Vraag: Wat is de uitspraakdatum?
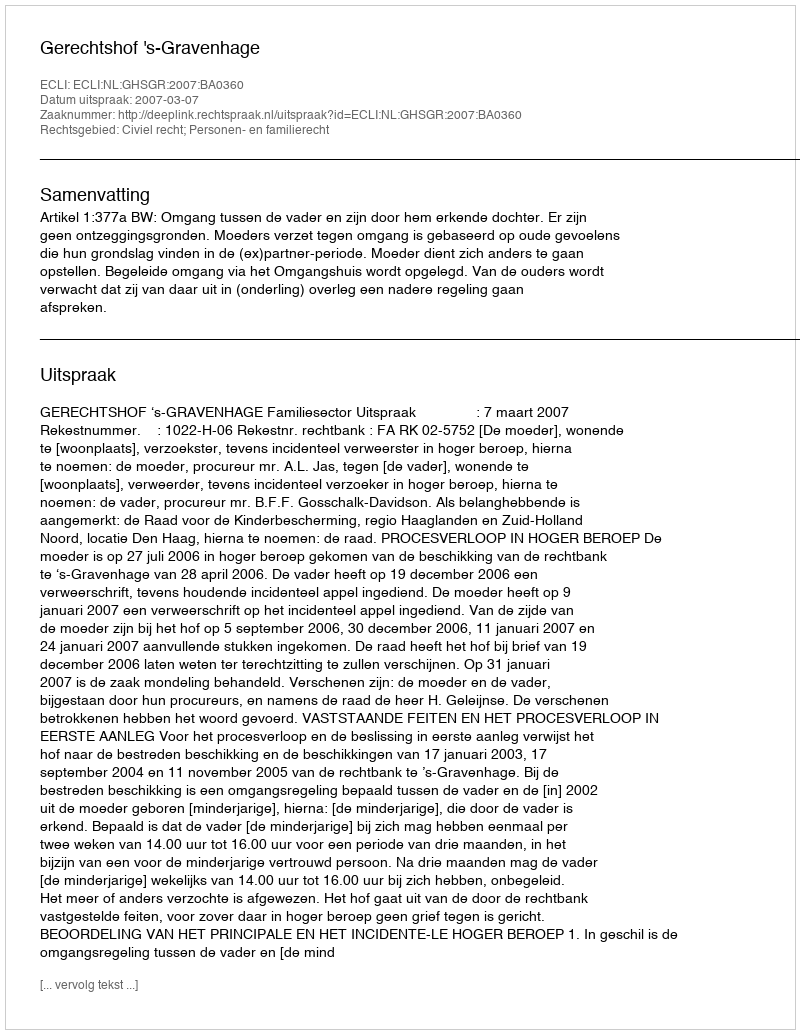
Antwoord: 2007-03-07